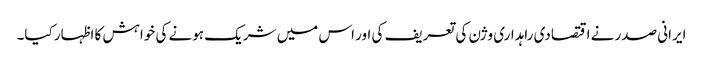
ایرانی صدر نے اقتصادی راہداری وژن کی تعریف کی اور اس میں شریک ہونے کی خواہش کا اظہار کیا۔